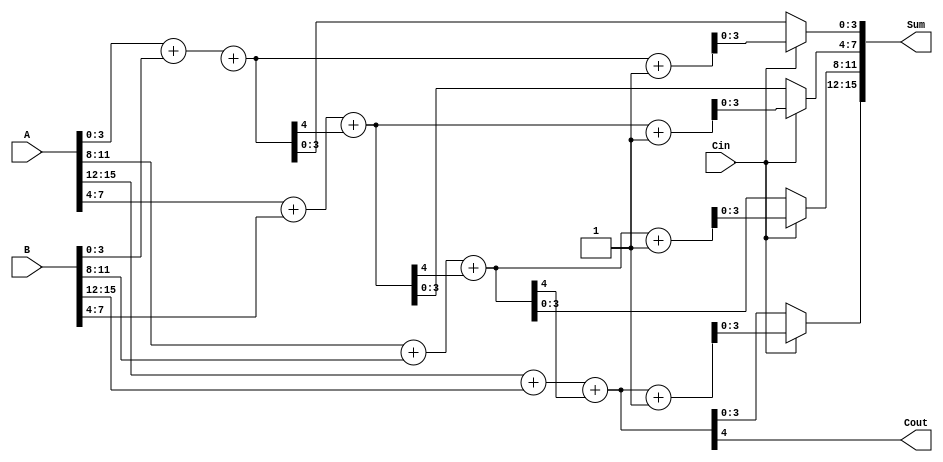
module HybridCarrySelectAdder #(parameter N = 16, // Total bit width of A and B
                                 parameter M = 4) // Block size
(
    input [N-1:0] A, // First binary number
    input [N-1:0] B, // Second binary number
    input Cin,       // Carry-in
    output [N-1:0] Sum, // Sum output
    output Cout       // Carry-out
);

    // Number of blocks
    localparam NUM_BLOCKS = N / M;
    
    wire [M:0] c; // Carries for each block
    wire [M-1:0] S0 [0:NUM_BLOCKS-1]; // Sum outputs when Ci = 0
    wire [M-1:0] S1 [0:NUM_BLOCKS-1]; // Sum outputs when Ci = 1
    
    // Generate sum for each block
    genvar i;
    generate
        for (i = 0; i < NUM_BLOCKS; i = i + 1) begin : block
            wire [M-1:0] A_block;
            wire [M-1:0] B_block;

            // Assign the respective bits to the current block
            assign A_block = A[M*i +: M];
            assign B_block = B[M*i +: M];
            
            // Compute sums and carries for both cases (Ci = 0 and Ci = 1)
            assign {c[i+1], S0[i]} = A_block + B_block + c[i];
            assign {c[i+1], S1[i]} = A_block + B_block + c[i] + 1'b1;
        end
    endgenerate

    // Final output selection logic using multiplexers
    generate
        for (i = 0; i < NUM_BLOCKS; i = i + 1) begin : mux
            assign Sum[M*i +: M] = (Cin ? S1[i] : S0[i]);
        end
    endgenerate
    
    // Final Carry-out from the last block
    assign Cout = c[NUM_BLOCKS];

endmodule